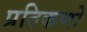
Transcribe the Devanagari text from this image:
प्रतिकणो